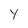
Character: Y